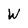
Character: W